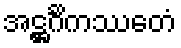
အဋ္ဌင်္ဂိကဿေတံ